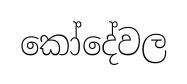
කෝදේවල